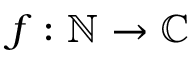
f : \mathbb { N } \to \mathbb { C }